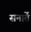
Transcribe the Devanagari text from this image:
सनातें